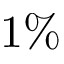
1 \%